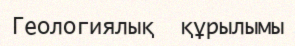
Геологиялық  құрылымы